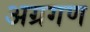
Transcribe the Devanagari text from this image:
अग्रगण